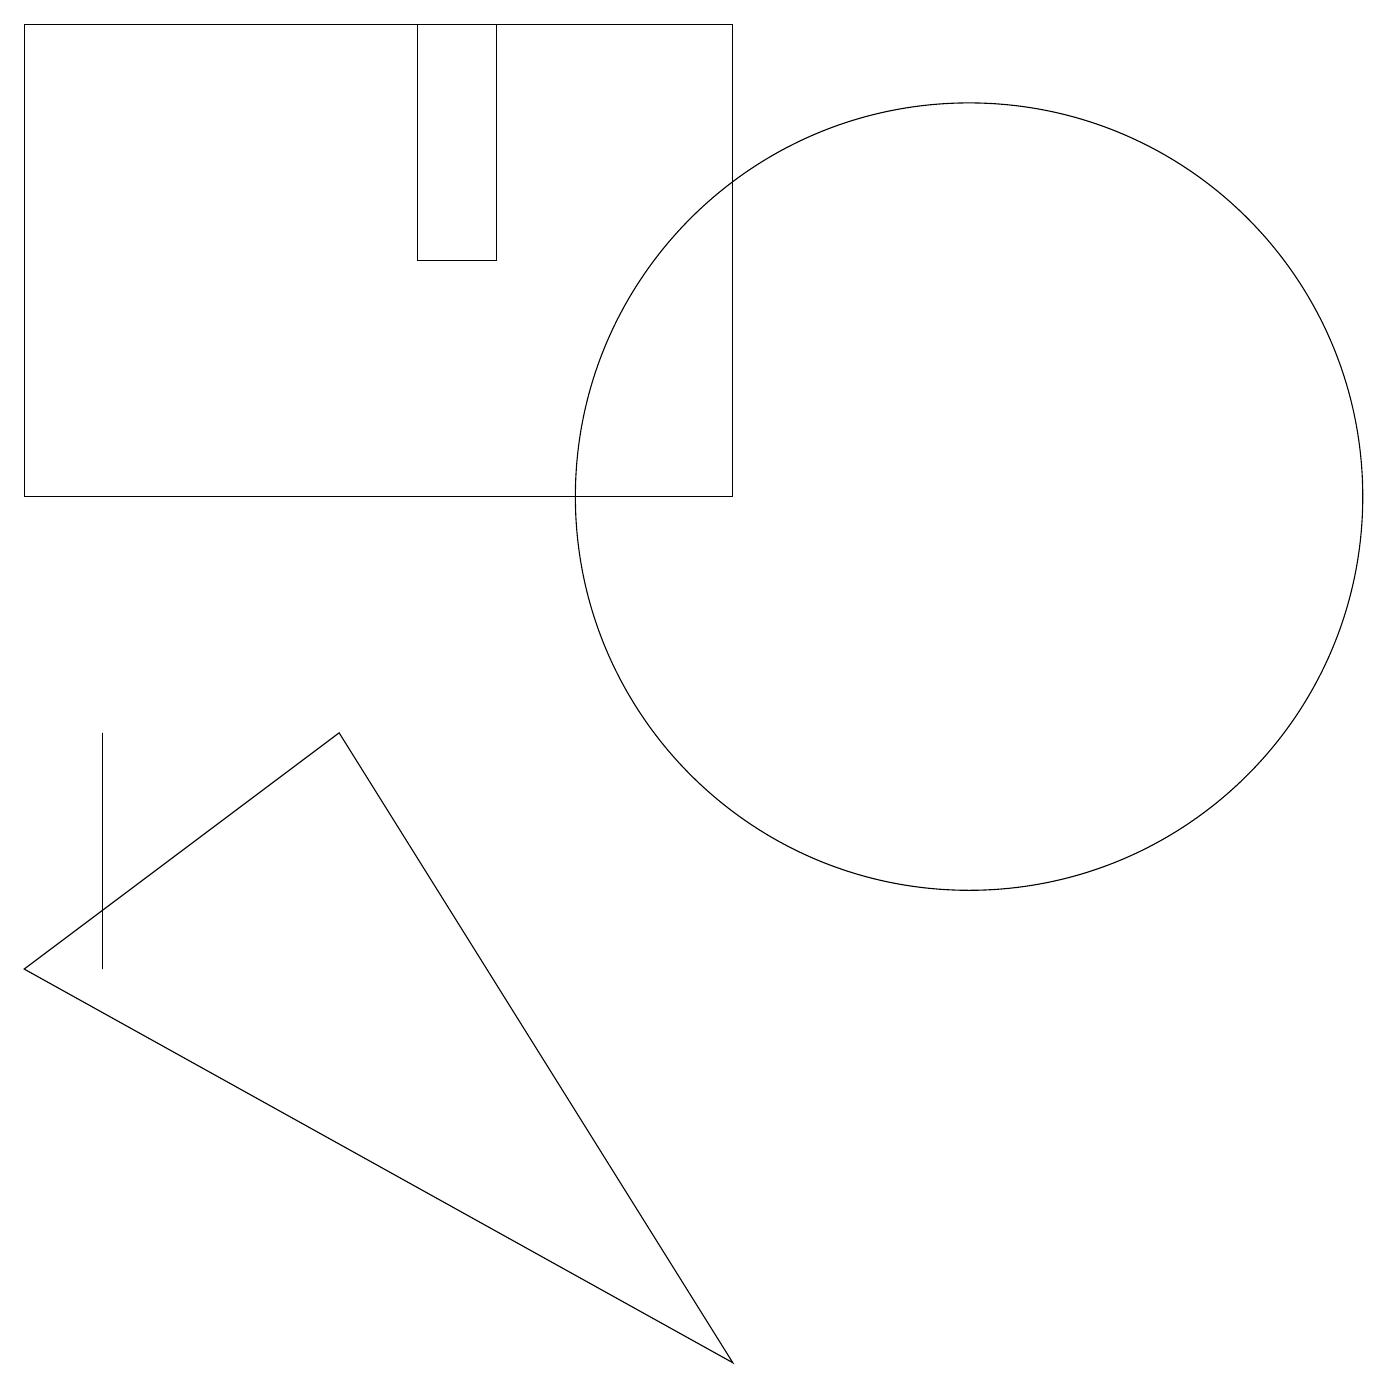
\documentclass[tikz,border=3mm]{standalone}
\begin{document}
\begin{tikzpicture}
\draw (12,11) circle (5);
\draw (9,17) rectangle (0,11);
\draw (9,0) -- (4,8) -- (0,5) -- cycle;
\draw (5,17) rectangle (6,14);
\draw (1,5) -- (1,8) -- (1,6) -- cycle;
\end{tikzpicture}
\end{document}